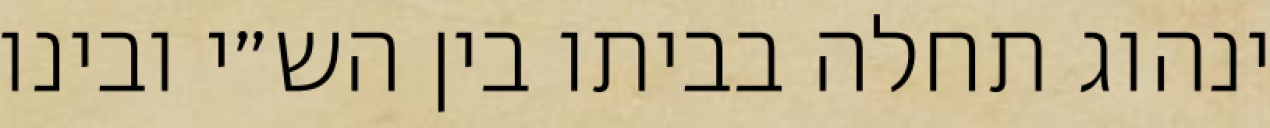
ינהוג תחלה בביתו בין הש״י ובינו